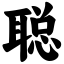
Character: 聪